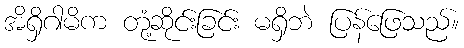
အိရှိဂါမိက တုံ့ဆိုင်းခြင်း မရှိဘဲ ပြန်ဖြေသည်။